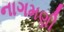
નાગમણી